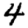
Digit: 4